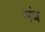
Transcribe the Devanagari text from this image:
मंब